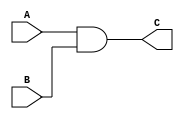
/******************************************************************
* Description
*		This is an AND gate:
* Version:
*	1.0
* Author:
*	Dr. Jos Luis Pizano Escalante
* email:
*	luispizano@iteso.mx
* Date:
*	01/03/2014
******************************************************************/
module ANDGate
(
	input A,
	input B,
	output reg C
);

always@(*)
	C = A & B;

endmodule
//andgate